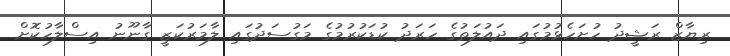
ރިޔާޒް ރަޝީދު ހުށަހެޅުމުގައި ދައުލަތުގެ ހަރަދު ކުޑަކުރުމުގެ މަގުސަދުގައި ލާމަރުކަޒީ ގާނޫނު އިސްލާހުކޮށް